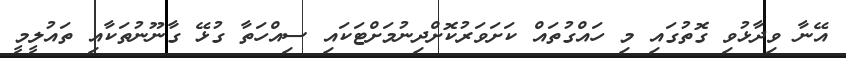
އޭނާ ވިދާޅުވި ގޮތުގައި މި ހައްގުތައް ކަށަވަރުކޮށްދިނުމަށްޓަކައި ސިއްހަތާ ގުޅޭ ގާނޫނުތަކާއި ތައުލީމީ